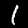
Digit: 1